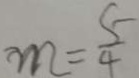
m = \frac { 5 } { 4 }